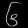
Digit: ၆